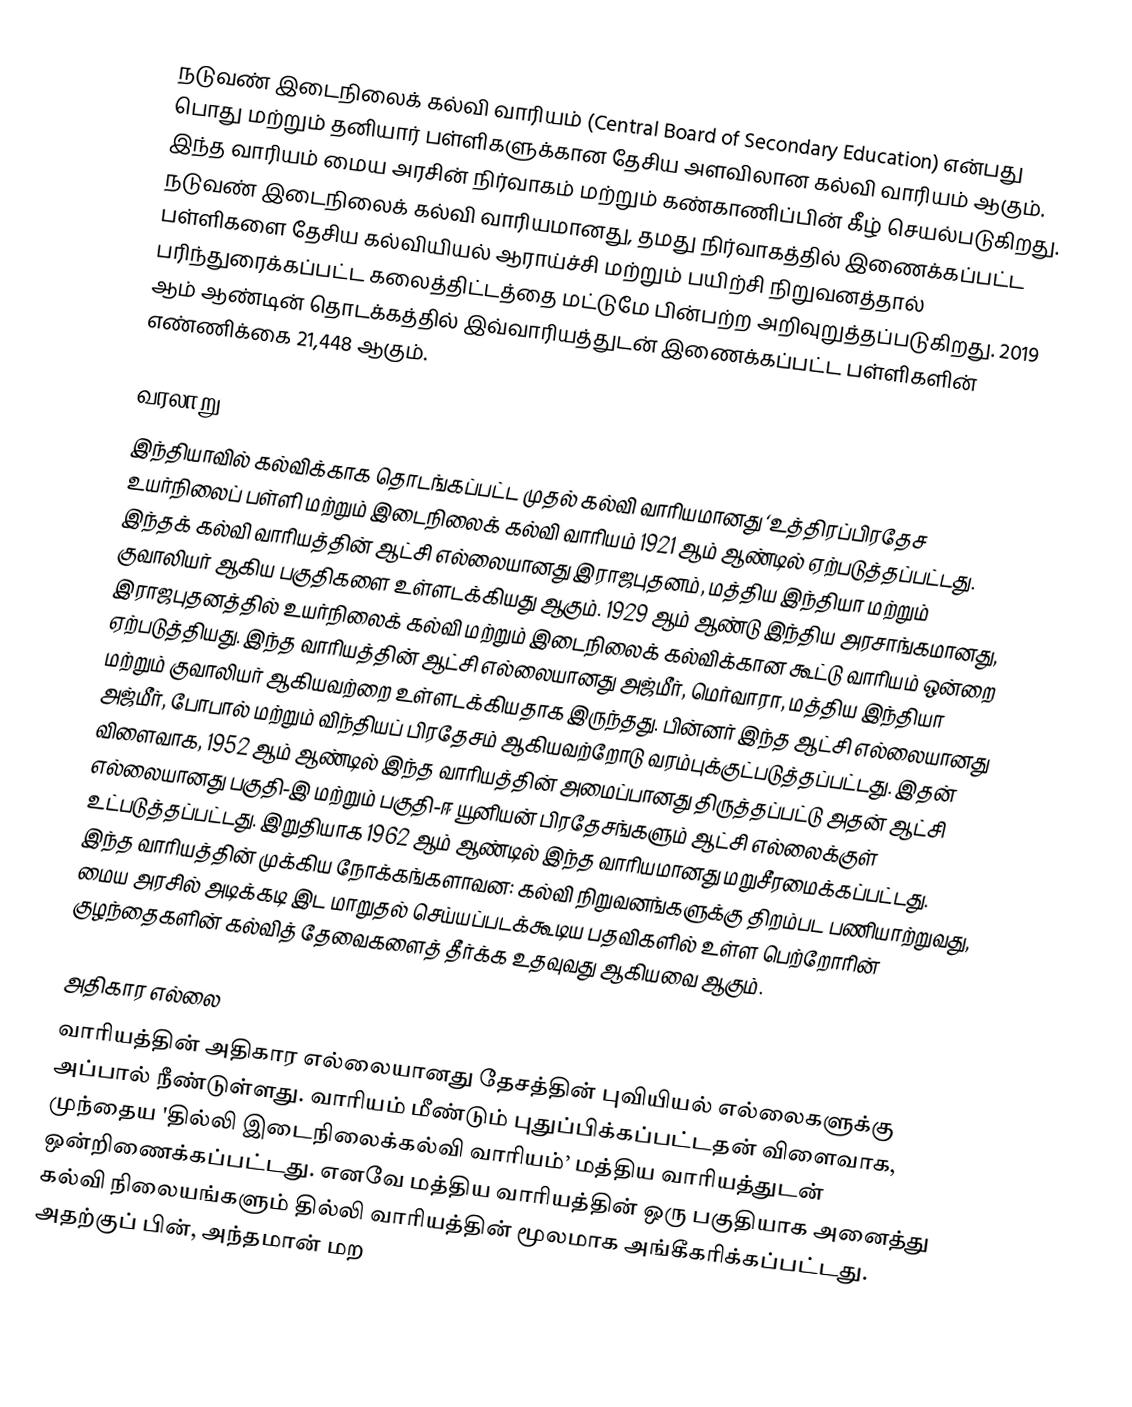
நடுவண் இடைநிலைக் கல்வி வாரியம் (Central Board of Secondary Education) என்பது பொது மற்றும் தனியார் பள்ளிகளுக்கான தேசிய அளவிலான கல்வி வாரியம் ஆகும். இந்த வாரியம் மைய அரசின் நிர்வாகம் மற்றும் கண்காணிப்பின் கீழ் செயல்படுகிறது. நடுவண் இடைநிலைக் கல்வி வாரியமானது, தமது நிர்வாகத்தில் இணைக்கப்பட்ட பள்ளிகளை தேசிய கல்வியியல் ஆராய்ச்சி மற்றும் பயிற்சி நிறுவனத்தால் பரிந்துரைக்கப்பட்ட கலைத்திட்டத்தை மட்டுமே பின்பற்ற அறிவுறுத்தப்படுகிறது. 2019 ஆம் ஆண்டின் தொடக்கத்தில் இவ்வாரியத்துடன் இணைக்கப்பட்ட பள்ளிகளின் எண்ணிக்கை 21,448 ஆகும்.

வரலாறு
இந்தியாவில் கல்விக்காக தொடங்கப்பட்ட முதல் கல்வி வாரியமானது ‘உத்திரப்பிரதேச உயர்நிலைப் பள்ளி மற்றும் இடைநிலைக் கல்வி வாரியம் 1921 ஆம் ஆண்டில் ஏற்படுத்தப்பட்டது. இந்தக் கல்வி வாரியத்தின் ஆட்சி எல்லையானது இராஜபுதனம், மத்திய இந்தியா மற்றும் குவாலியர் ஆகிய பகுதிகளை உள்ளடக்கியது ஆகும். 1929 ஆம் ஆண்டு இந்திய அரசாங்கமானது, இராஜபுதனத்தில் உயர்நிலைக் கல்வி மற்றும் இடைநிலைக் கல்விக்கான கூட்டு வாரியம் ஒன்றை ஏற்படுத்தியது. இந்த வாரியத்தின் ஆட்சி எல்லையானது அஜ்மீர், மெர்வாரா, மத்திய இந்தியா மற்றும் குவாலியர் ஆகியவற்றை உள்ளடக்கியதாக இருந்தது. பின்னர் இந்த ஆட்சி எல்லையானது அஜ்மீர், போபால் மற்றும் விந்தியப் பிரதேசம் ஆகியவற்றோடு வரம்புக்குட்படுத்தப்பட்டது. இதன் விளைவாக, 1952 ஆம் ஆண்டில் இந்த வாரியத்தின் அமைப்பானது திருத்தப்பட்டு அதன் ஆட்சி எல்லையானது பகுதி-இ மற்றும் பகுதி-ஈ யூனியன் பிரதேசங்களும் ஆட்சி எல்லைக்குள் உட்படுத்தப்பட்டது. இறுதியாக 1962 ஆம் ஆண்டில் இந்த வாரியமானது மறுசீரமைக்கப்பட்டது. இந்த வாரியத்தின் முக்கிய நோக்கங்களாவன: கல்வி நிறுவனங்களுக்கு திறம்பட பணியாற்றுவது, மைய அரசில் அடிக்கடி இட மாறுதல் செய்யப்படக்கூடிய பதவிகளில் உள்ள பெற்றோரின் குழந்தைகளின் கல்வித் தேவைகளைத் தீர்க்க உதவுவது ஆகியவை ஆகும்.

அதிகார எல்லை
வாரியத்தின் அதிகார எல்லையானது தேசத்தின் புவியியல் எல்லைகளுக்கு அப்பால் நீண்டுள்ளது. வாரியம் மீண்டும் புதுப்பிக்கப்பட்டதன் விளைவாக, முந்தைய 'தில்லி இடைநிலைக்கல்வி வாரியம்’ மத்திய வாரியத்துடன் ஒன்றிணைக்கப்பட்டது. எனவே மத்திய வாரியத்தின் ஒரு பகுதியாக அனைத்து கல்வி நிலையங்களும் தில்லி வாரியத்தின் மூலமாக அங்கீகரிக்கப்பட்டது. அதற்குப் பின்,  அந்தமான் மற